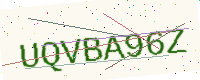
Text: UQVBA96Z